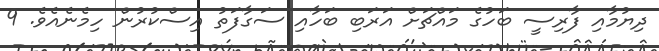
ދިޔުމާއި ފާރިސީ ބަހުގެ މައްޗަށް އަރަބި ބަހާއި ސަގާފަތު އިސްކުރުން ހިމެނެއެވެ. 9